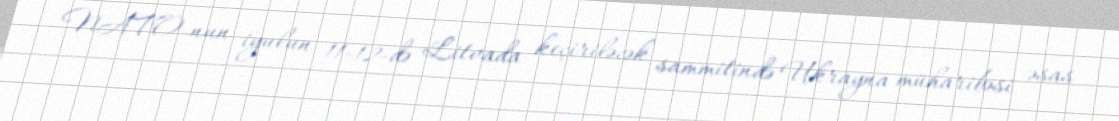
NATO-nun iyulun 11-12-də Litvada keçiriləcək sammitində Ukrayna müharibəsi əsas